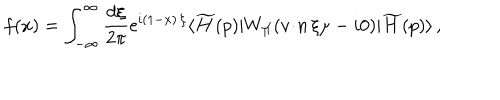
LaTeX: f ( x ) = \int _ { - \infty } ^ { \infty } \frac { d \xi } { 2 \pi } \mathrm { e } ^ { i ( 1 - x ) \, \xi } \langle \widetilde { H } ( p ) | W _ { \scriptstyle \Pi } ( { v \! \cdot \! n } \, \xi \mu - i 0 ) | \widetilde { H } ( p ) \rangle \, ,